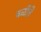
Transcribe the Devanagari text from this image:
बळीतै